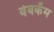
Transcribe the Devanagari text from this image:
वेबकॅम